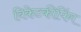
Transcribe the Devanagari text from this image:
विकेटकीपिंग